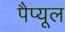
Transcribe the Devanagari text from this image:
पैप्यूल